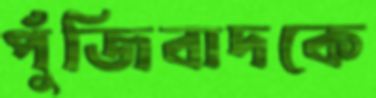
পুঁজিবাদকে